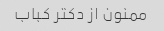
ممنون از دکتر کباب